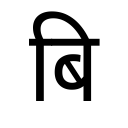
OCR:
बि